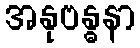
အနုဗန္ဓနာ